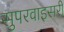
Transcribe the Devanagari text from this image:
सुपरवाइसरी